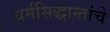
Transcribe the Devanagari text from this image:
धर्मसिद्धान्तांचे